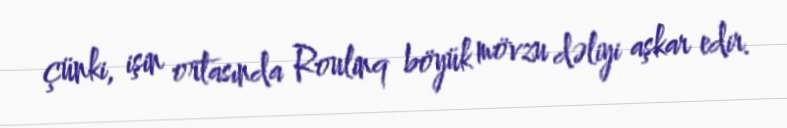
çünki, işin ortasında Roulinq böyük mövzu dəliyi aşkar edir.